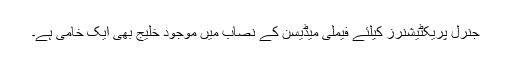
جنرل پریکٹیشنرز کیلئے فیملی میڈیسن کے نصاب میں موجود خلیج بھی ایک خامی ہے۔